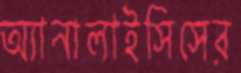
অ্যানালাইসিসের